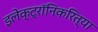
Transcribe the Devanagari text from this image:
इलेक्ट्रॉनिकरित्या